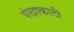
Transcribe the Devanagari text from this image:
पंखाकाठी